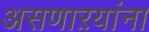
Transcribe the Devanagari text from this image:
असणाऱयांना